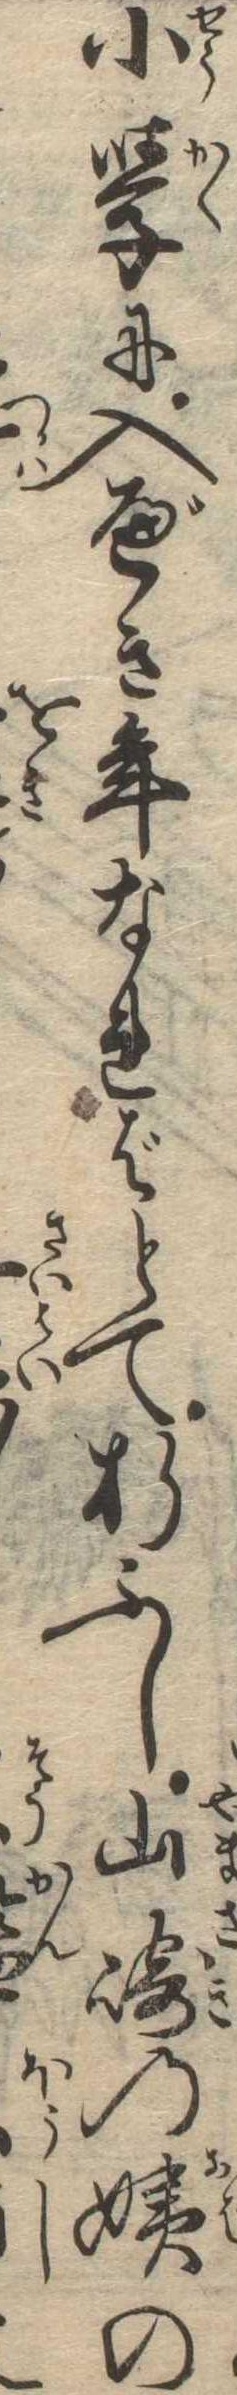
小学に入べき年なればとて折ふし山崎の姨の